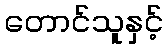
တောင်သူနှင့်